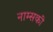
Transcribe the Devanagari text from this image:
नाम्सकी